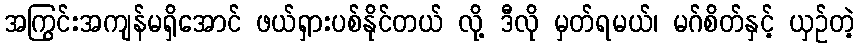
အကြွင်းအကျန်မရှိအောင် ဖယ်ရှားပစ်နိုင်တယ် လို့ ဒီလို မှတ်ရမယ်၊ မဂ်စိတ်နှင့် ယှဉ်တဲ့